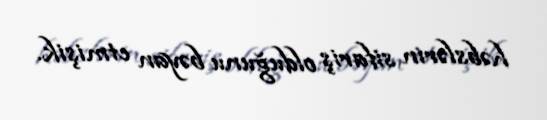
həbslərin sifariş olduğunu bəyan etmişik.